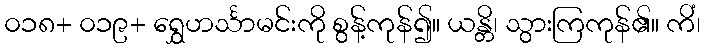
၀၁၈+ ၀၁၉+ ရွှေဟင်္သာမင်းကို စွန့်ကုန်၍။ ယန္တိ၊ သွားကြကုန်၏။ ကိံ၊